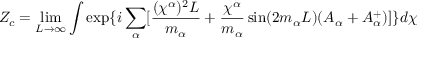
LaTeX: Z _ { c } = \operatorname * { l i m } _ { L \rightarrow \infty } \int \exp \{ i \sum _ { \alpha } [ \frac { ( \chi ^ { \alpha } ) ^ { 2 } L } { m _ { \alpha } } + \frac { \chi ^ { \alpha } } { m _ { \alpha } } \sin ( 2 m _ { \alpha } L ) ( A _ { \alpha } + A _ { \alpha } ^ { + } ) ] \} d \chi